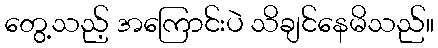
တွေ့သည့် အကြောင်းပဲ သိချင်နေမိသည်။